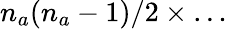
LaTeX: n_{a}(n_{a}-1)/2\times\ldots